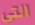
التي